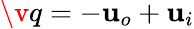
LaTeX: \v q=-\mathbf{u}_{o}+\mathbf{u}_{i}